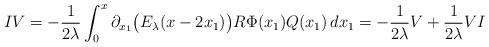
LaTeX: \begin{align*}IV= -\frac{1}{2\lambda}\int_0^x\partial_{x_1}\big(E_\lambda(x-2x_1)\big) R \Phi(x_1)Q(x_1)\,dx_1= -\frac{1}{2\lambda}V+\frac{1}{2\lambda}VI\end{align*}